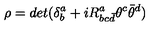
\rho = d e t ( \delta _ { b } ^ { a } + i R _ { b c { \bar { d } } } ^ { a } \theta ^ { c } \bar { \theta } ^ { d } )